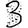
Digit: 3